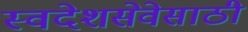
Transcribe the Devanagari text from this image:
स्वदेशसेवेसाठी